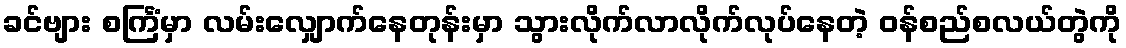
ခင်ဗျား စင်္ကြံမှာ လမ်းလျှောက်နေတုန်းမှာ သွားလိုက်လာလိုက်လုပ်နေတဲ့ ဝန်စည်စလယ်တွဲကို